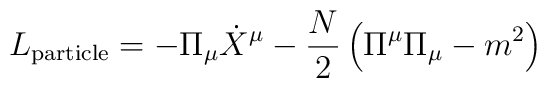
L_{\rm particle} = -\Pi_\mu \dot{X}^\mu - \frac{N}{2}\left( \Pi^\mu \Pi_\mu - m^2 \right)